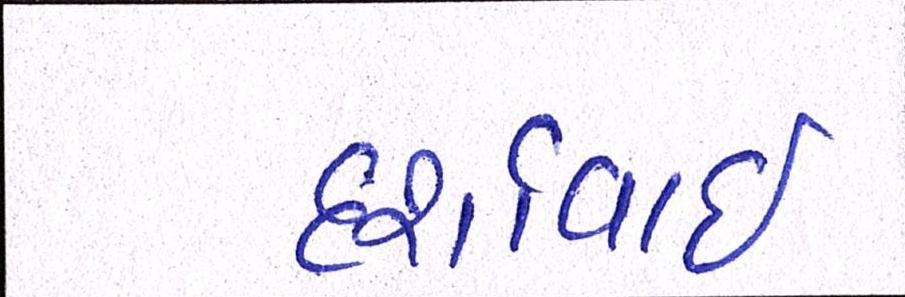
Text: દર્શાવાઈ